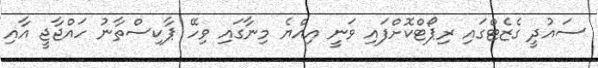
ސައުދީ ގެޒެޓްގައި ރިޕޯޓްކޮށްފައި ވަނީ އިއްޔެ މިނާގައި ވިހޭ ޕާކިސްތާނު ހައްޖާޖީ އާއި